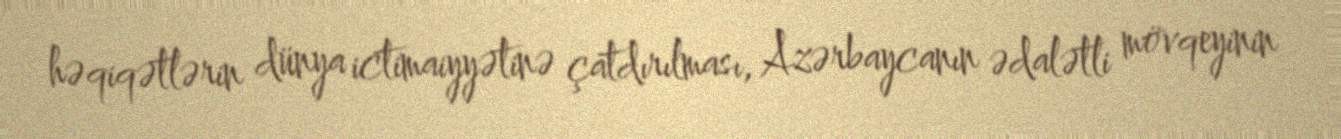
həqiqətlərin dünya ictimaiyyətinə çatdırılması, Azərbaycanın ədalətli mövqeyinin